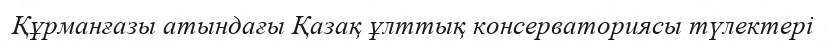
Құрманғазы атындағы Қазақ ұлттық консерваториясы түлектері